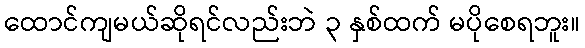
ထောင်ကျမယ်ဆိုရင်လည်းဘဲ ၃ နှစ်ထက် မပိုစေရဘူး။